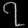
Digit: ၇